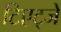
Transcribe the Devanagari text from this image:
टिएट्जे